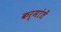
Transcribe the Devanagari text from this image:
कर्मांतें